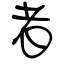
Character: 者